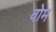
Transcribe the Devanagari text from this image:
वोम